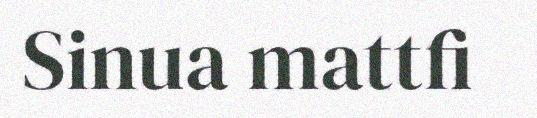
Sinua mattfi